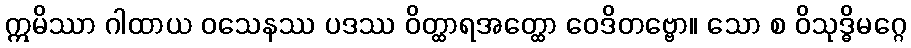
ဣမိဿာ ဂါထာယ ဝသေနဿ ပဒဿ ဝိတ္ထာရအတ္ထော ဝေဒိတဗ္ဗော။ သော စ ဝိသုဒ္ဓိမဂ္ဂေ